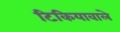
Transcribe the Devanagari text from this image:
टिकियावाले